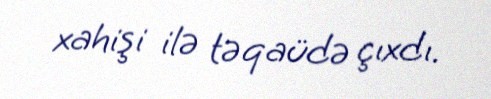
xahişi ilə təqaüdə çıxdı.